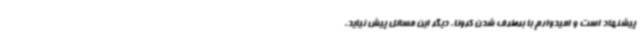
پیشنهاد است و امیدوارم با برطرف شدن کرونا، دیگر این مسائل پیش نیاید.